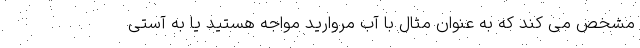
مشخص می کند که به عنوان مثال با آب مروارید مواجه هستید یا به آستی